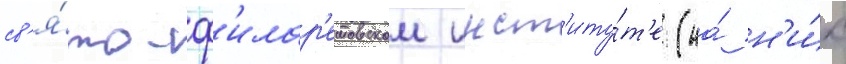
св'я́то-ф'илар'етовском инст'иту́т'е (на́ н'и́х